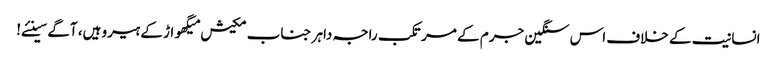
انسانیت کے خلاف اس سنگین جرم کے مرتکب راجہ داہر جناب مکیش میگھواڑ کے ہیرو ہیں، آگے سینئے!